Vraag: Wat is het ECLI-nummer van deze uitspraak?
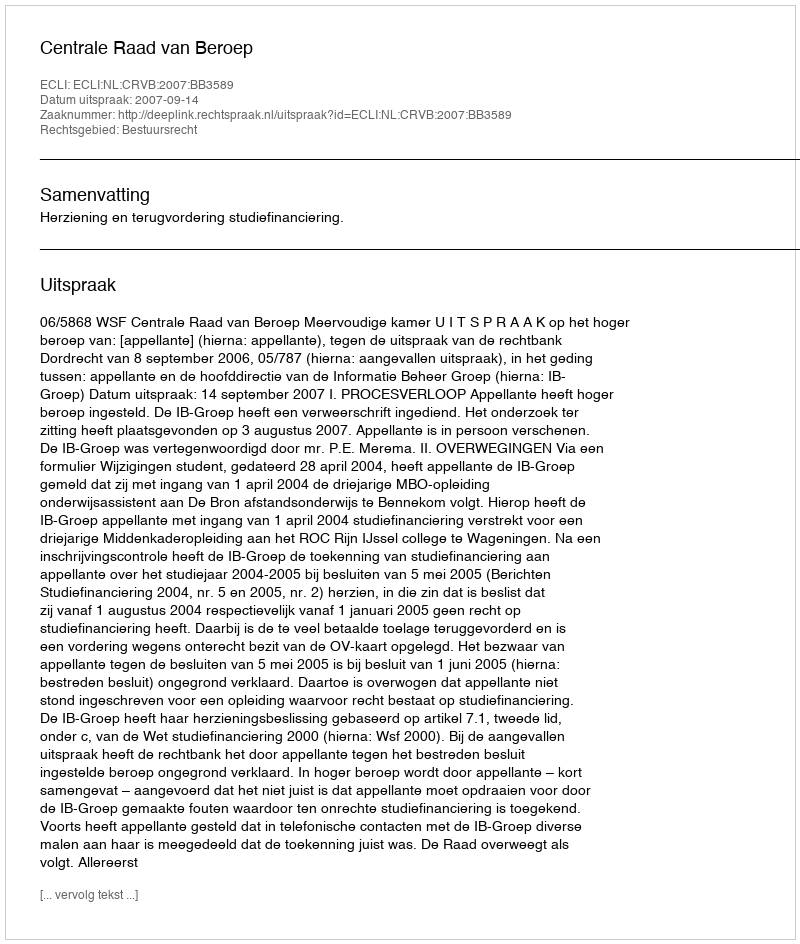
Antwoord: ECLI:NL:CRVB:2007:BB3589